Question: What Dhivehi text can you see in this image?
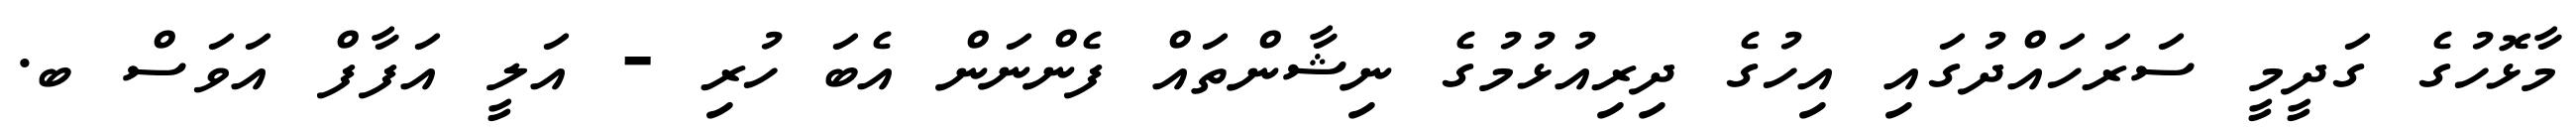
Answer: މާޅޮހުގެ ގަދީމީ ސަރަހައްދުގައި އިހުގެ ދިރިއުޅުމުގެ ނިޝާންތައް ފެންނަން އެބަ ހުރި - އަލީ އަފާފް އަވަސް ބ.